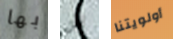
بها نحن أولويتنا